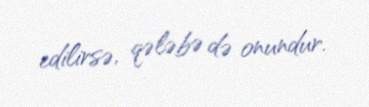
edilirsə, qələbə də onundur.